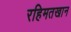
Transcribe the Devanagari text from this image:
रहिमतखान